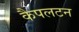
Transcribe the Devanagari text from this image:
कैपलटन